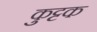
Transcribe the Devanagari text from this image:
कुुट्टक